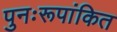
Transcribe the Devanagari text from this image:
पुनःरूपांकित